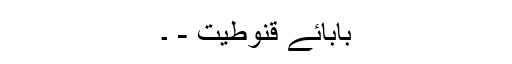
بابائے قنوطیت - ۔